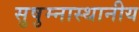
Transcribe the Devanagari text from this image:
सुषुम्नास्थानीय